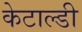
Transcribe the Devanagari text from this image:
केटाल्डी